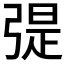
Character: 𢐂